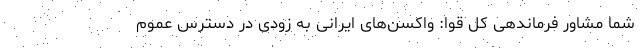
شما مشاور فرماندهی کل قوا: واکسن‌های ایرانی به زودی در دسترس عموم